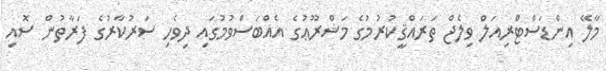
މާލޭ އިންޑަސްޓްރިއަލް ވިލެޖް ތަރައްޤީކުރުމުގެ މަޝްރޫޢުގެ އެއްބަސްވުމުގައި ދިވެހި ސަރުކާރުގެ ފަރާތުން ސޮއި